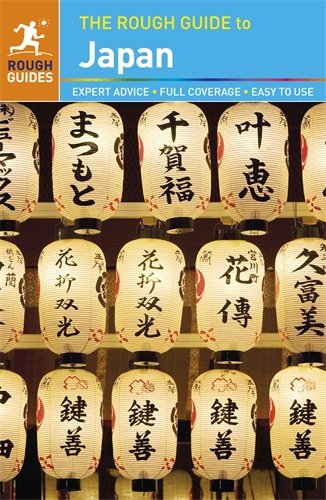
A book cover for The Rough Guide to Japan; Sally McLaren; Travel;